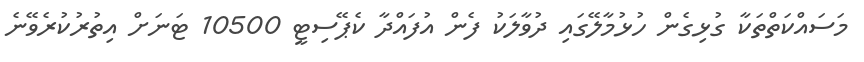
މަސައްކަތްތަކާ ގުޅިގެން ހުޅުމާލޭގައި ދުވާލަކު ފެން އުފައްދާ ކެޕޭސިޓީ 10500 ޓަނަށް އިތުރުކުރެވޭނެ